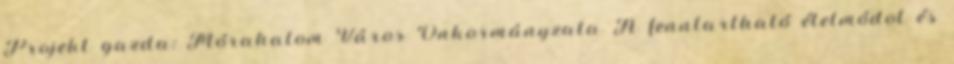
Projekt gazda: Mórahalom Város Önkormányzata A fenntartható életmódot és